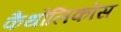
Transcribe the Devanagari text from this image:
कैथोलिकोस